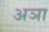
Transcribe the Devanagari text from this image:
अञा